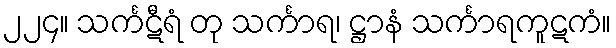
၂၂၄။ သင်္ကဋီရံ တု သင်္ကာရ၊ ဋ္ဌာနံ သင်္ကာရကူဋကံ။